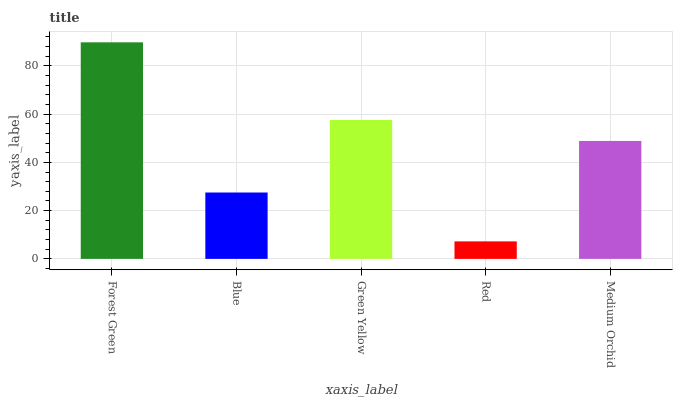
| xaxis_label | bars |
 | --- | --- |
 | Forest Green | 89.8 |
 | Blue | 27.5 |
 | Green Yellow | 57.6 |
 | Red | 7.26 |
 | Medium Orchid | 48.9 |